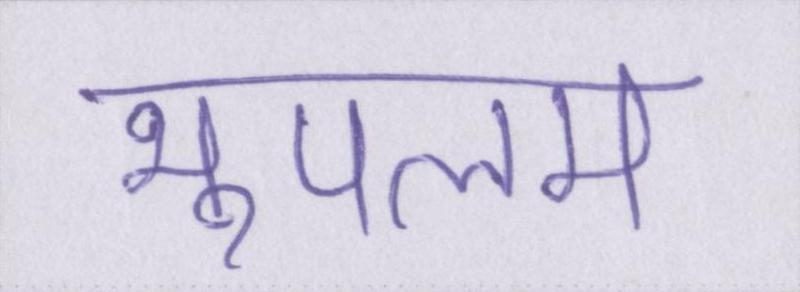
भूपलम